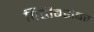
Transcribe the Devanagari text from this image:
पिढीबरोबर